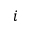
i